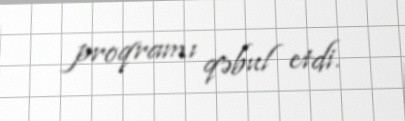
proqramı qəbul etdi.